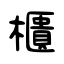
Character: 櫃